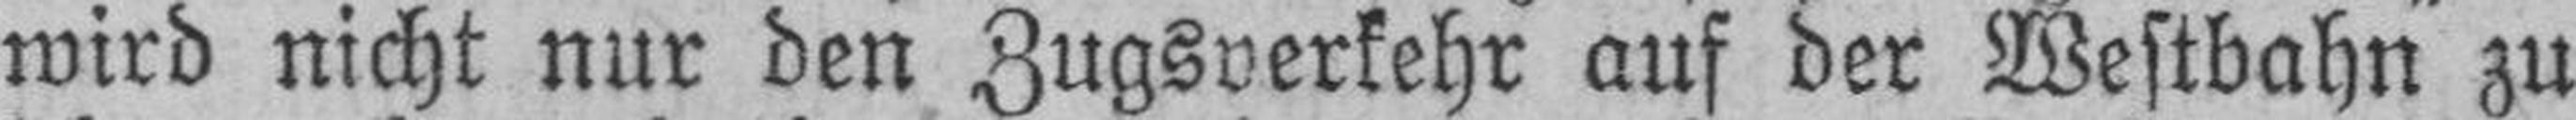
wird nicht nur den Zugsverkehr auf der Westbahn zu